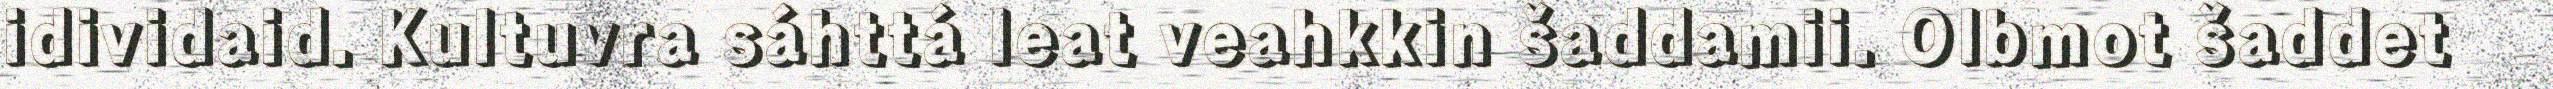
idividaid. Kultuvra sáhttá leat veahkkin šaddamii. Olbmot šaddet